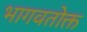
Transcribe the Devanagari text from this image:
भागवतोक्त